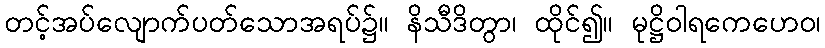
တင့်အပ်လျောက်ပတ်သောအရပ်၌။ နိသီဒိတွာ၊ ထိုင်၍။ မုဋ္ဌိဝါရကေဟေဝ၊